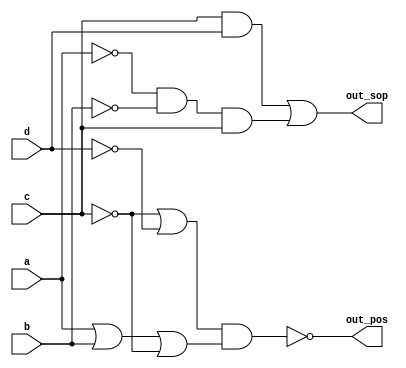
module top_module (
    input a,
    input b,
    input c,
    input d,
    output out_sop,
    output out_pos
); 

    //  k-map
    assign out_sop = (c&d)|(~a&~b&c); //1
    //assign out_pos = c & (~b|d) & (~a|d); //0
    assign out_pos = ~( (~c|~d)&(a|b|~c) ); //  out_sop  > 1
endmodule